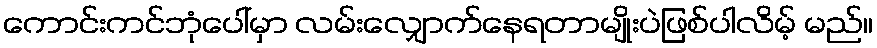
ကောင်းကင်ဘုံပေါ်မှာ လမ်းလျှောက်နေရတာမျိုးပဲဖြစ်ပါလိမ့် မည်။